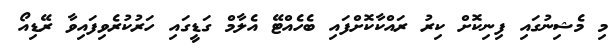
މި މެޝިނުގައި ފިނިކޮށް ކިރު ރައްކާކޮށްފައި ބެހެއްޓޭ އެލާމް ގަޑީގައި ހަރުކުރެވިފައިވާ ރޭޑިއޯ